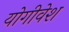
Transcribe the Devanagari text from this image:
योगीवेश